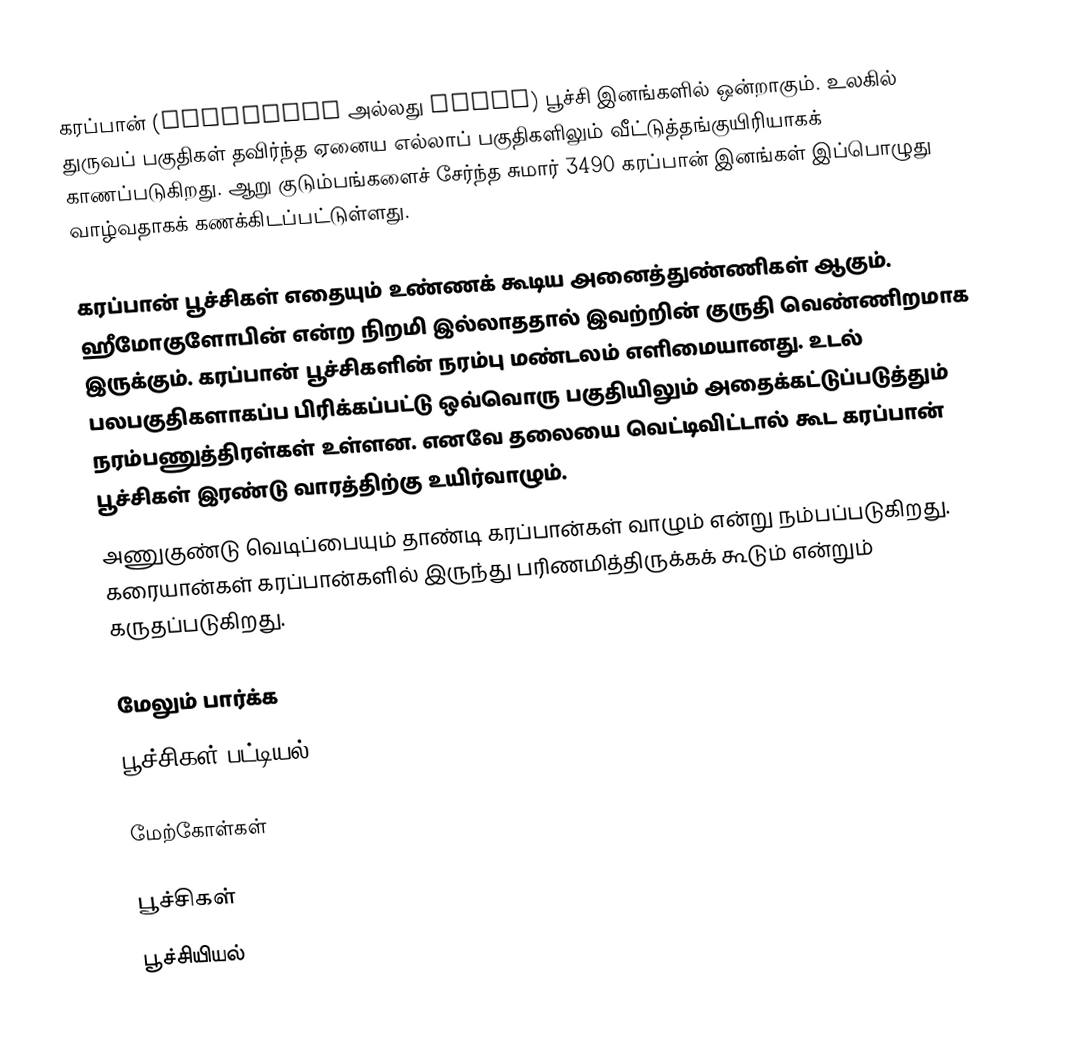
கரப்பான் (Cockroach அல்லது roach) பூச்சி இனங்களில் ஒன்றாகும். உலகில் துருவப் பகுதிகள் தவிர்ந்த ஏனைய எல்லாப் பகுதிகளிலும் வீட்டுத்தங்குயிரியாகக் காணப்படுகிறது. ஆறு குடும்பங்களைச் சேர்ந்த சுமார் 3490 கரப்பான் இனங்கள் இப்பொழுது வாழ்வதாகக் கணக்கிடப்பட்டுள்ளது.

கரப்பான் பூச்சிகள் எதையும் உண்ணக் கூடிய அனைத்துண்ணிகள் ஆகும். ஹீமோகுளோபின் என்ற நிறமி இல்லாததால் இவற்றின் குருதி வெண்ணிறமாக இருக்கும். கரப்பான் பூச்சிகளின் நரம்பு மண்டலம் எளிமையானது. உடல் பலபகுதிகளாகப்ப பிரிக்கப்பட்டு ஒவ்வொரு பகுதியிலும் அதைக்கட்டுப்படுத்தும் நரம்பணுத்திரள்கள் உள்ளன. எனவே தலையை வெட்டிவிட்டால் கூட கரப்பான் பூச்சிகள் இரண்டு வாரத்திற்கு உயிர்வாழும்.
அணுகுண்டு வெடிப்பையும் தாண்டி கரப்பான்கள் வாழும் என்று நம்பப்படுகிறது. கரையான்கள் கரப்பான்களில் இருந்து பரிணமித்திருக்கக் கூடும் என்றும் கருதப்படுகிறது.

மேலும் பார்க்க
பூச்சிகள் பட்டியல்

மேற்கோள்கள்

பூச்சிகள்
பூச்சியியல்